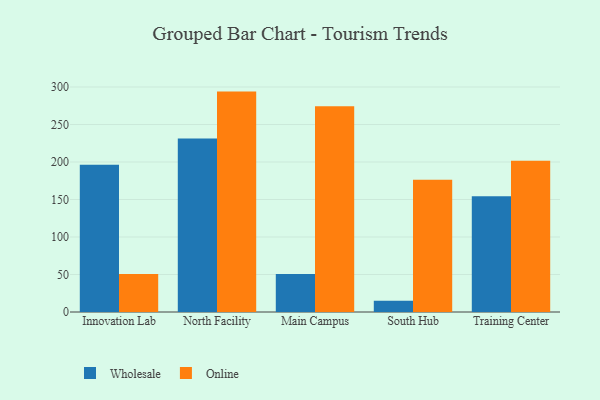
{"axis": {"x": "Campus", "y": "Satisfaction Score"}, "legend": ["Online", "Wholesale"], "data": [{"x": "Innovation Lab", "y": 196.5, "type": "Wholesale"}, {"x": "Innovation Lab", "y": 50.7, "type": "Online"}, {"x": "North Facility", "y": 231.2, "type": "Wholesale"}, {"x": "North Facility", "y": 293.9, "type": "Online"}, {"x": "Main Campus", "y": 50.6, "type": "Wholesale"}, {"x": "Main Campus", "y": 274.4, "type": "Online"}, {"x": "South Hub", "y": 15.1, "type": "Wholesale"}, {"x": "South Hub", "y": 176.2, "type": "Online"}, {"x": "Training Center", "y": 154.3, "type": "Wholesale"}, {"x": "Training Center", "y": 201.7, "type": "Online"}]}